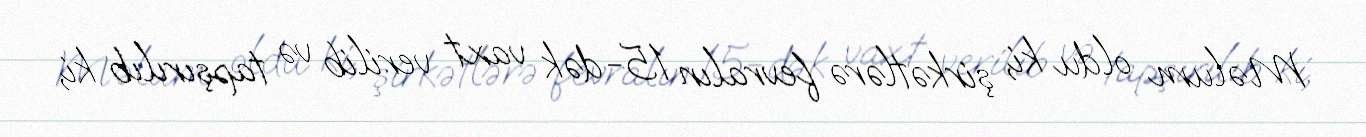
Məlum oldu ki, şirkətlərə fevralın 15-dək vaxt verilib və tapşırılıb ki,